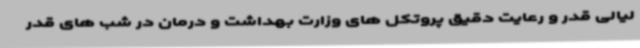
لیالی قدر و رعایت دقیق پروتکل های وزارت بهداشت و درمان در شب های قدر